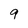
Character: 9